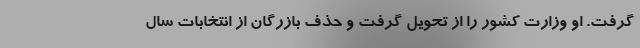
گرفت. او وزارت کشور را از تحویل گرفت و حذف بازرگان از انتخابات سال